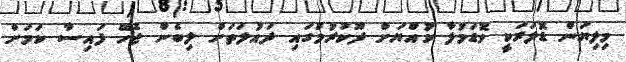
މިލިޔަން ޑޮލަރަކީ ވޮޑަމުލާ ކުއްޔަށް ދޫކުރުމުގައި ދައުލަތަށް ލިބެން ޖެހޭ ފައިސާ ކަމަށް